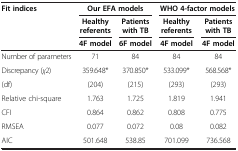
<table><thead><tr><td><b>Fit indices</b></td><td colspan="2"><b>Our EFA models</b></td><td colspan="2"><b>WHO 4-factor models</b></td></tr><tr><td><b> </b></td><td><b>Healthy referents</b></td><td><b>Patients with TB</b></td><td><b>Healthy referents</b></td><td><b>Patients with TB</b></td></tr><tr><td><b> </b></td><td><b>4F model</b></td><td><b>6F model</b></td><td><b>4F model</b></td><td><b>4F model</b></td></tr></thead><tbody><tr><td>Number of parameters</td><td>71</td><td>84</td><td>84</td><td>84</td></tr><tr><td>Discrepancy (<i>χ</i>2)</td><td>359.648*</td><td>370.850*</td><td>533.099*</td><td>568.568*</td></tr><tr><td>(df)</td><td>(204)</td><td>(215)</td><td>(293)</td><td>(293)</td></tr><tr><td>Relative chi-square</td><td>1.763</td><td>1.725</td><td>1.819</td><td>1.941</td></tr><tr><td>CFI</td><td>0.864</td><td>0.862</td><td>0.808</td><td>0.775</td></tr><tr><td>RMSEA</td><td>0.077</td><td>0.072</td><td>0.08</td><td>0.082</td></tr><tr><td>AIC</td><td>501.648</td><td>538.85</td><td>701.099</td><td>736.568</td></tr></tbody></table>